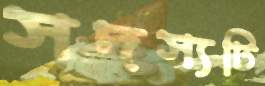
সদস্যটি